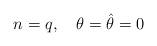
LaTeX: \begin{align*} n=q,\quad\theta=\hat\theta=0\end{align*}